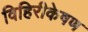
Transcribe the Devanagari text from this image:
विहिरीकेषण